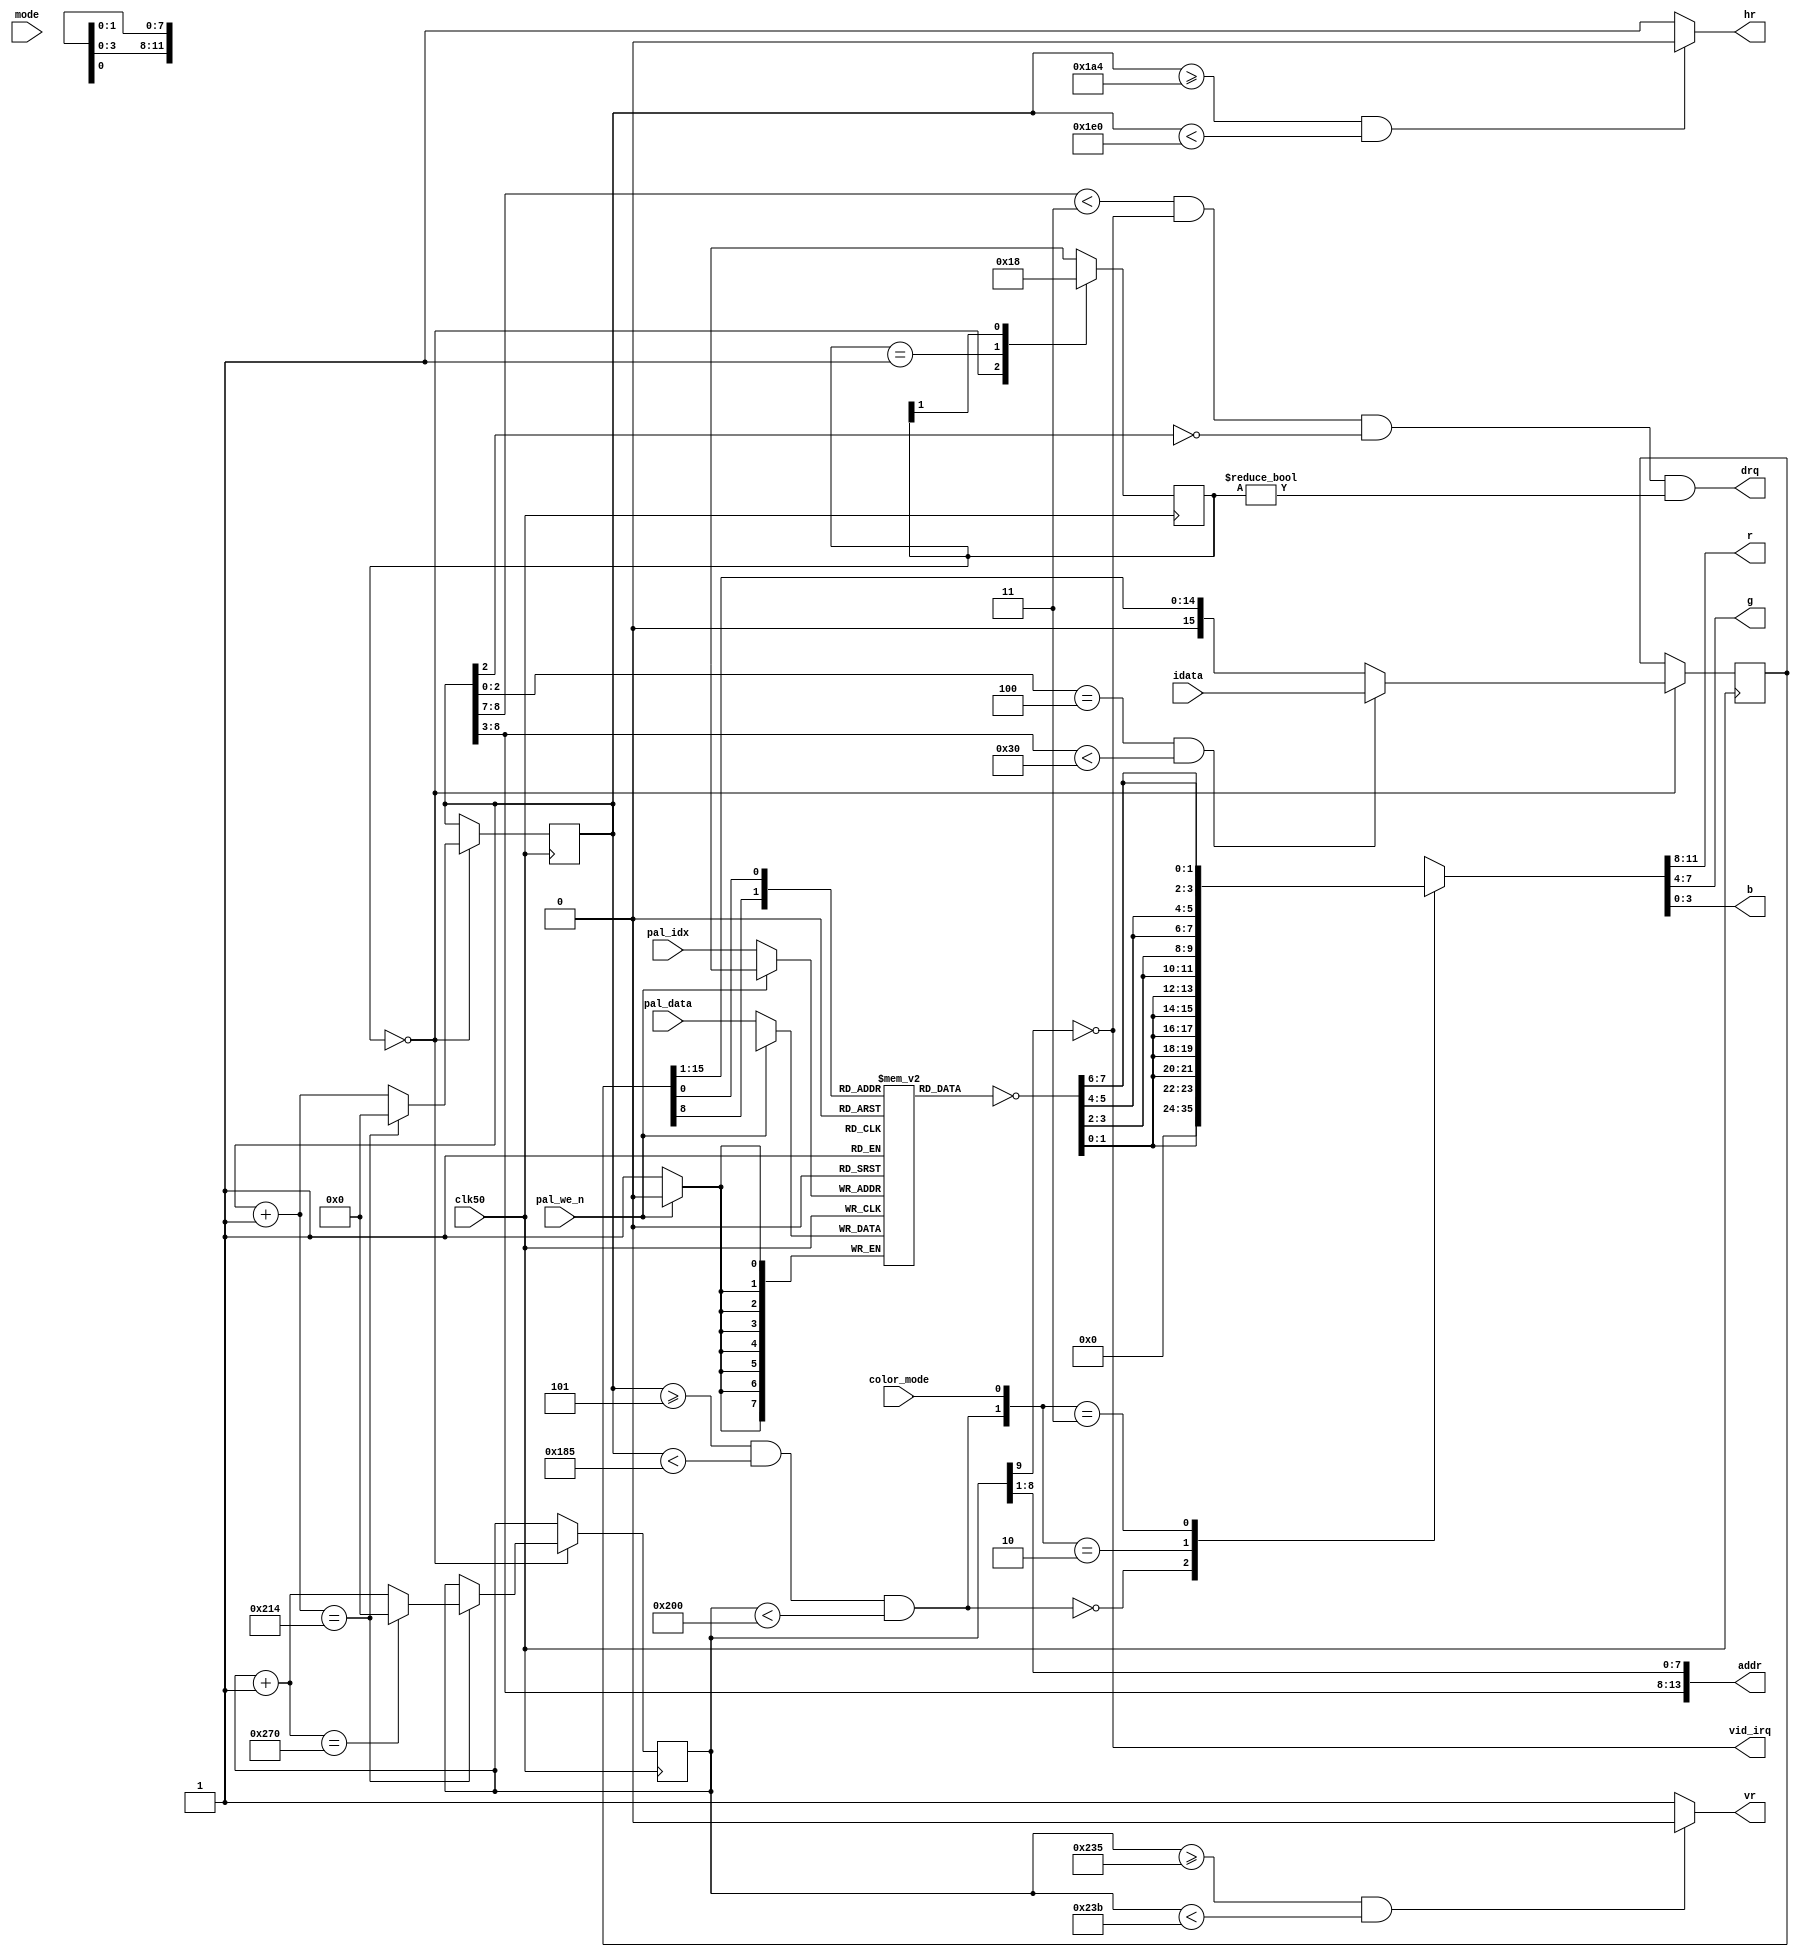
module b2m_video(
	input clk50,
	output reg hr,
	output reg vr,
	output reg vid_irq,
	output reg[3:0] r,
	output reg[3:0] g,
	output reg[3:0] b,
	output reg drq,
	output reg[13:0] addr,
	input[15:0] idata,
	input[1:0] pal_idx,
	input[7:0] pal_data,
	input pal_we_n,
	input color_mode,
	input mode);

reg[7:0] palette[0:3];
reg[7:0] pclr;
reg vout;

always @(*)
	casex ({vout,color_mode})
	2'b0x: {r,g,b} = {4'b0000,4'b0000,4'b0000};
	2'b10: {r,g,b} = {{2{pclr[1:0]}},{2{pclr[1:0]}},{2{pclr[1:0]}}};
	2'b11: {r,g,b} = {{2{pclr[3:2]}},{2{pclr[5:4]}},{2{pclr[7:6]}}};
	endcase

// mode select

always @(*) begin
		pclr = ~palette[{data0[8],data0[0]}];
		hr = h_cnt0 >= 10'd420 && h_cnt0 < 10'd480 ? 1'b0 : 1'b1;
		vr = v_cnt0 >= 10'd565 && v_cnt0 < 10'd571 ? 1'b0 : 1'b1;
		vout = h_cnt0 >= 10'd5 && h_cnt0 < 10'd389 && v_cnt0 < 10'd512;
		addr = {h_cnt0[8:3], v_cnt0[8:1]};
		drq = h_cnt0[8:7] < 2'b11 && v_cnt0[9]==0 && h_cnt0[2]==0 && state!=0;
		vid_irq = ~v_cnt0[9];
	end

// mode 0, 800x600@50Hz

reg[1:0] state;
reg[9:0] h_cnt0;
reg[9:0] v_cnt0;
reg[15:0] data0;

reg[9:0] h_cnt1;
reg[9:0] v_cnt1;
reg[15:0] data1;
reg[13:0] addr1;
reg drq1;
reg irq1;

always @(posedge clk50)
begin
	casex (state)
	2'b00: state <= 2'b01;
	2'b01: state <= 2'b10;
	2'b1x: state <= 2'b00;
	endcase
	if (state==2'b00) begin
		if (h_cnt0[2:0]==3'b100 && h_cnt0[8:3]<6'h30) data0 <= idata; else data0 <= {1'b0,data0[15:1]};
		if (h_cnt0+1'b1 == 10'd532) begin
			h_cnt0 <= 0;
			if (v_cnt0+1'b1 == 10'd624 )
				v_cnt0 <= 0;
			else
				v_cnt0 <= v_cnt0+1'b1;
		end else
			h_cnt0 <= h_cnt0+1'b1;
	end
	if (!pal_we_n) palette[pal_idx] <= pal_data;
	addr1 <= {h_cnt1[8:3], v_cnt1[8:1]};
	drq1 <= h_cnt1[8:7] < 2'b11 && v_cnt1[9]==0 && h_cnt1[2]==0;
	irq1 <= ~v_cnt1[9];
end

endmodule